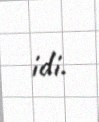
idi.